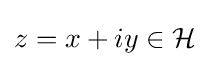
z=x+iy\in {\mathcal {H}}